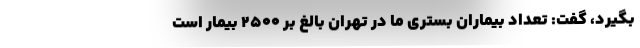
بگیرد، گفت: تعداد بیماران بستری ما در تهران بالغ بر ۲۵۰۰ بیمار است